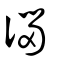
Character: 匘